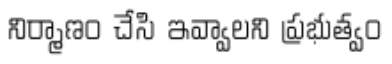
నిర్మాణం చేసి ఇవ్వాలని ప్రభుత్వం